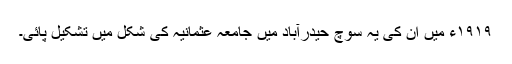
۱۹۱۹ء میں ان کی یہ سوچ حیدرآباد میں جامعہ عثمانیہ کی شکل میں تشکیل پائی۔